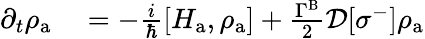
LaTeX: \begin{array}{rl}{\partial_{t}\rho_{\mathrm{a}}}&{{}=-\frac{i}{\hbar}[H_{\mathrm{a}},\rho_{\mathrm{a}}]+\frac{\Gamma^{\mathrm{B}}}{2}\mathcal{D}[\sigma^{-}]\rho_{\mathrm{a}}}\end{array}